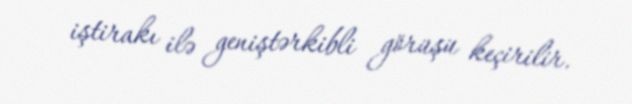
iştirakı ilə geniştərkibli görüşü keçirilir.